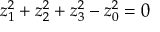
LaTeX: z _ { 1 } ^ { 2 } + z _ { 2 } ^ { 2 } + z _ { 3 } ^ { 2 } - z _ { 0 } ^ { 2 } = 0